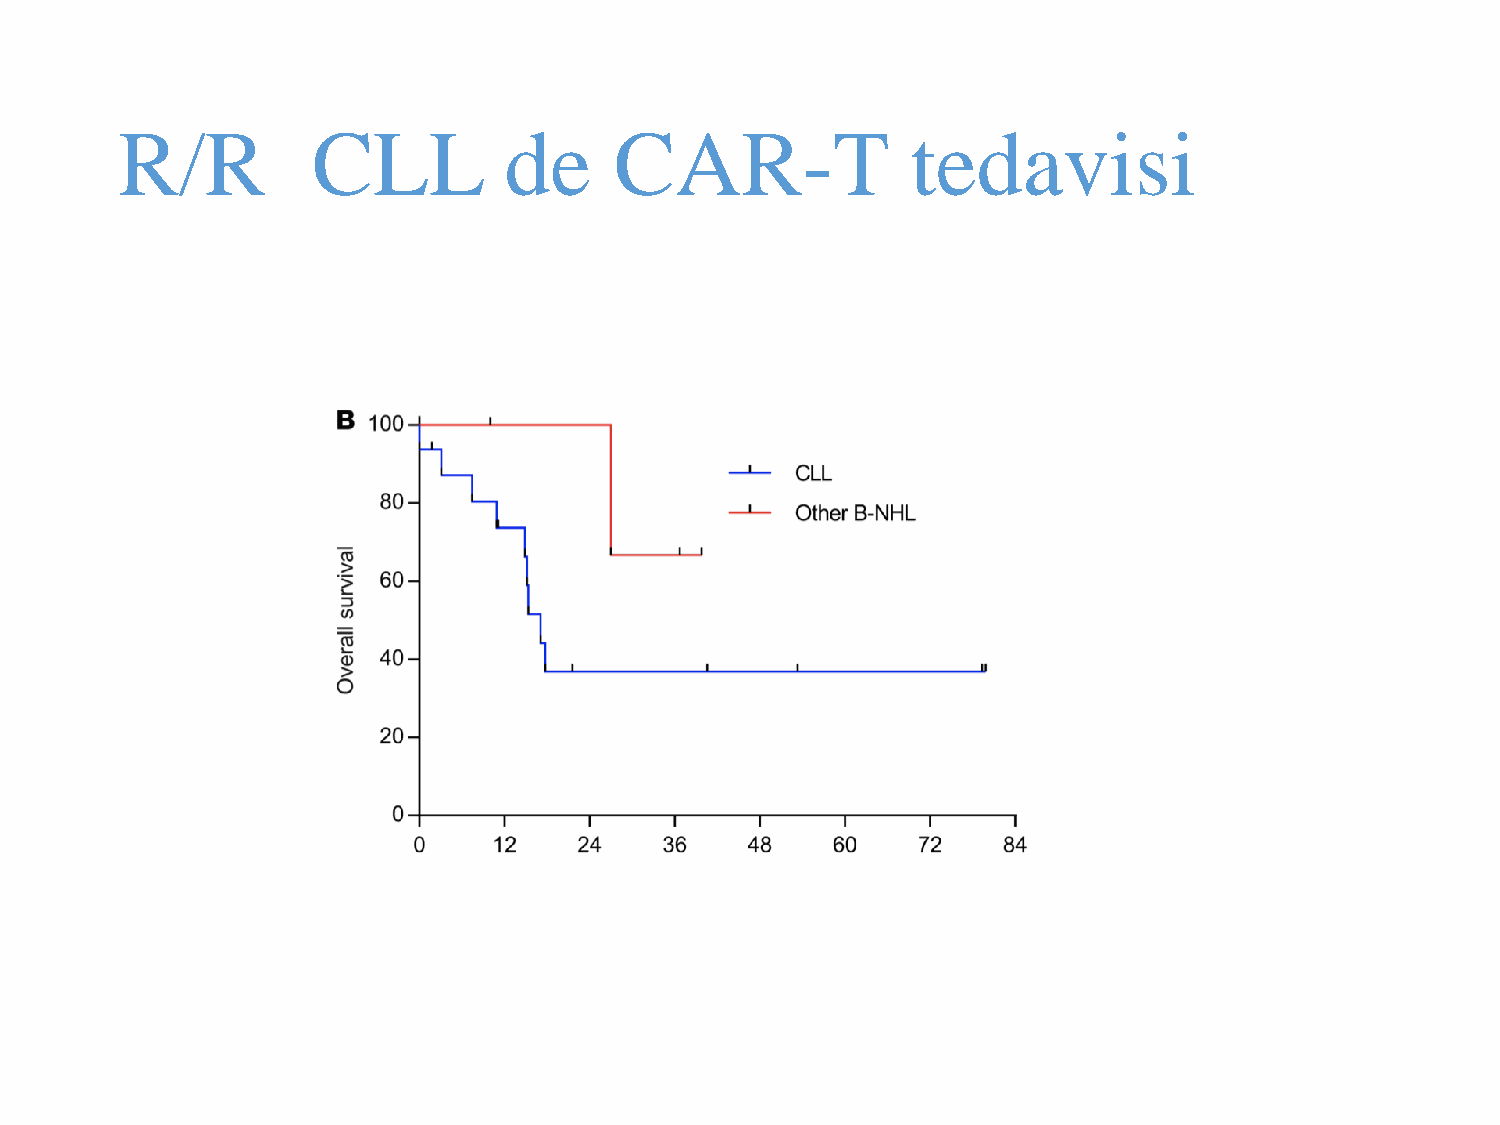
R/R          CLL         de      CAR-T              tedavisi